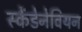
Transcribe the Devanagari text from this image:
स्केंडेनेवियन